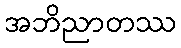
အဘိညာတဿ